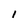
Character: l